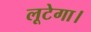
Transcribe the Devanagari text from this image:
लूटेगा।